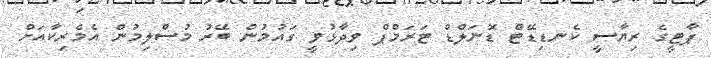
ޕާޓީގެ ރިޔާސީ ކެނޑިޑޭޓް ޑޮނަލްޑް ޓަރަމްޕް ވިދާޅުވީ ގައުމުން ބޭރު މުސްލިމުން އެމެރިކާއަށް